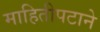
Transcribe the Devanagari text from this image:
माहितीपटाने